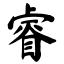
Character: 睿